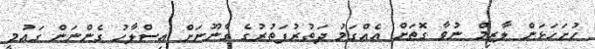
ހުށަހަޅަން ލާޒިމް ނުވާ ގޮތަށް އެއްގަމު ދަތުރުފަތުރުގެ ގާނޫނަށް އިސްލާހު ގެންނަން ގައުމީ